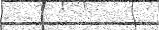
٤٢